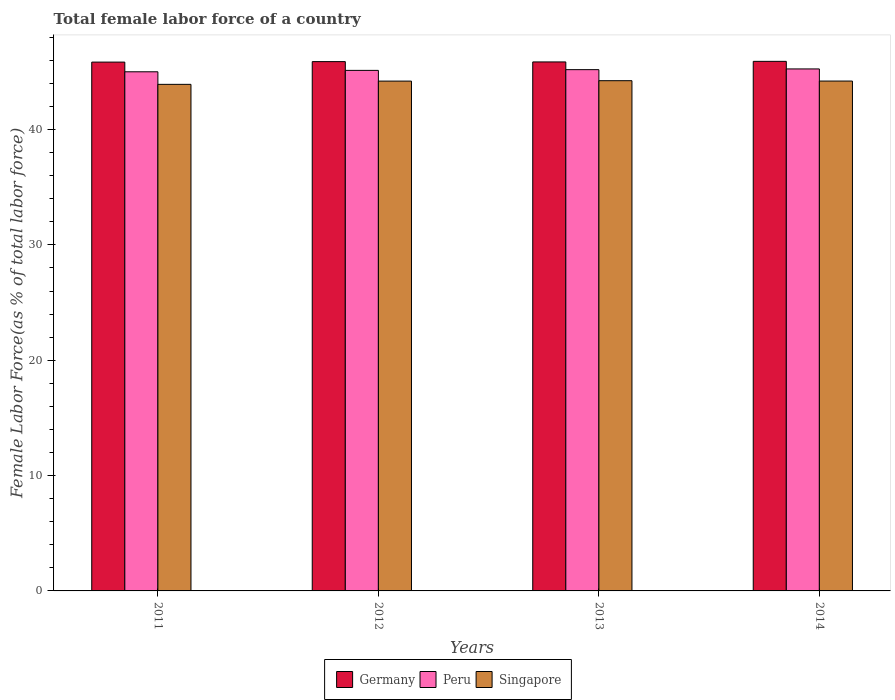
| Years | Germany | Peru | Singapore |
 | --- | --- | --- | --- |
 | 2011 | 45.8 | 45 | 43.9 |
 | 2012 | 45.9 | 45.1 | 44.2 |
 | 2013 | 45.9 | 45.2 | 44.2 |
 | 2014 | 45.9 | 45.3 | 44.2 |